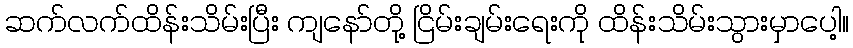
ဆက်လက်ထိန်းသိမ်းပြီး ကျနော်တို့ ငြိမ်းချမ်းရေးကို ထိန်းသိမ်းသွားမှာပေါ့။